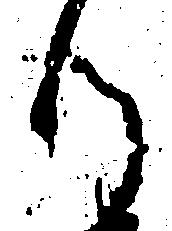
る